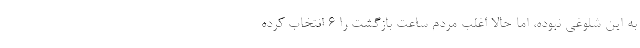
به این شلوغی نبوده، اما حالا اغلب مردم ساعت بازگشت را ۶ انتخاب کرده